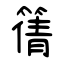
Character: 篟